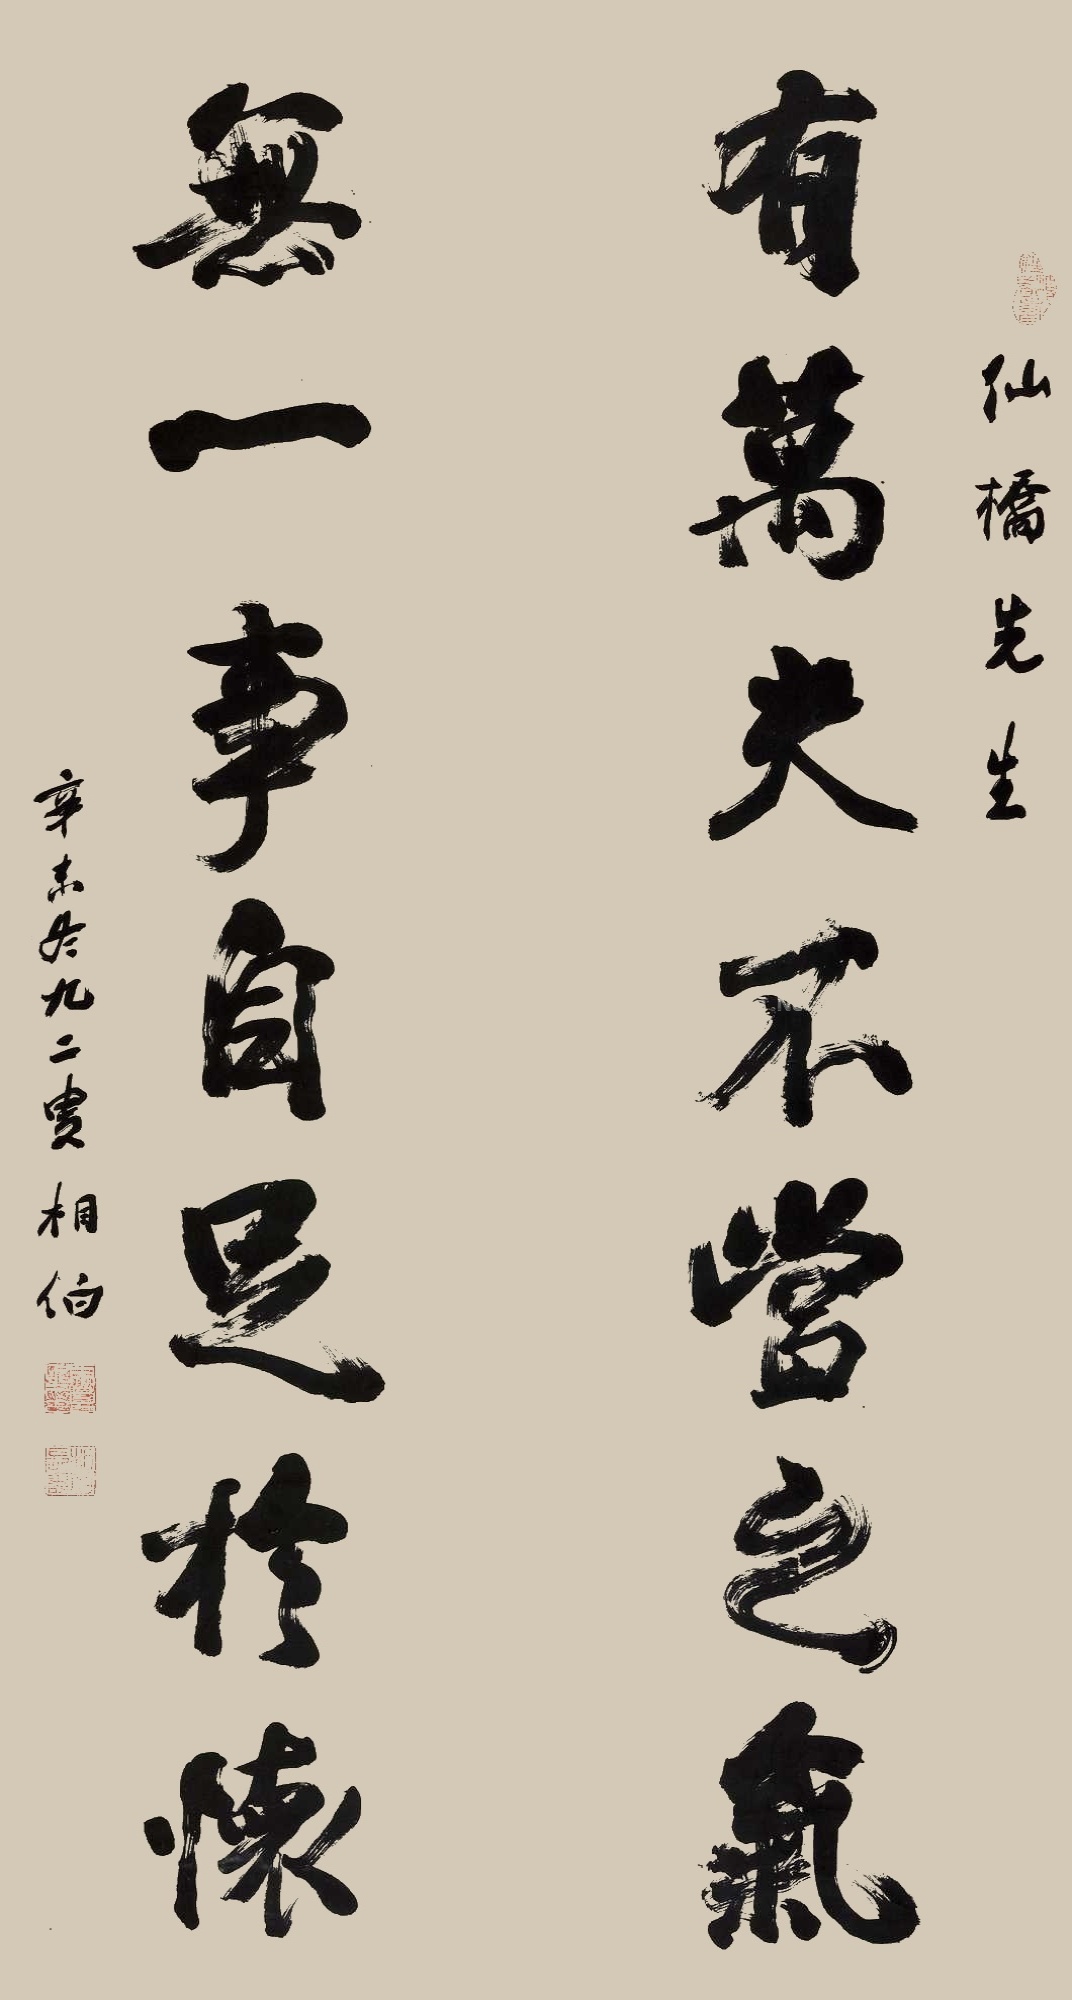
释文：有万夫不当之气，无一事自足于怀。仙桥先生。辛未冬，九二叟相伯。